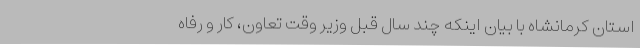
استان کرمانشاه با بیان اینکه چند سال قبل وزیر وقت تعاون، کار و رفاه